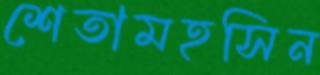
শেতামহসিন